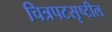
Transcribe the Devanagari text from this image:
चित्रपटसृष्टील